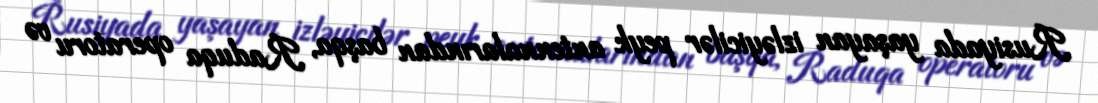
Rusiyada yaşayan izləyicilər peyk antennalarından başqa, Raduqa operatoru və